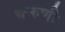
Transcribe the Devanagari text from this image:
करुणी